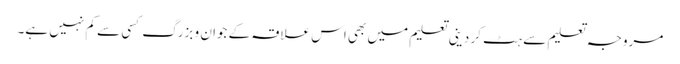
مروجہ تعلیم سے ہٹ کر دینی تعلیم میں بھی اس علاقہ کے جوان و بزرگ کسی سے کم نہیں ہے۔